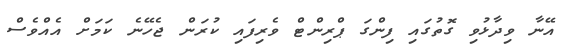
އޭނާ ވިދާޅުވި ގޮތުގައި ފިންގަ ޕްރިންޓް ވެރިފައި ކުރަން ޖެހޭނެ ކަމަށް އެއްވެސް